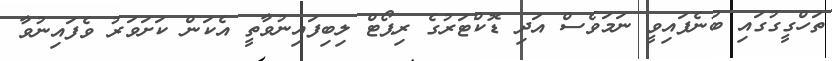
ތަހްގީގުގައި ބުނެފައިވީ ނަމަވެސް އަދި ޑޮކްޓަރުގެ ރިޕޯޓް ލިބިފައިނުވާތީ އެކަން ކަށަވަރު ވެފައިނުވާ